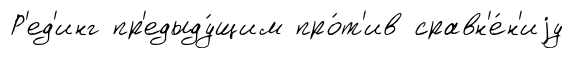
Р'ед'инг пр'едыду́щим про́т'ив сравн'е́н'иjу